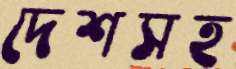
দেশসহ